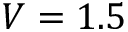
V = 1 . 5